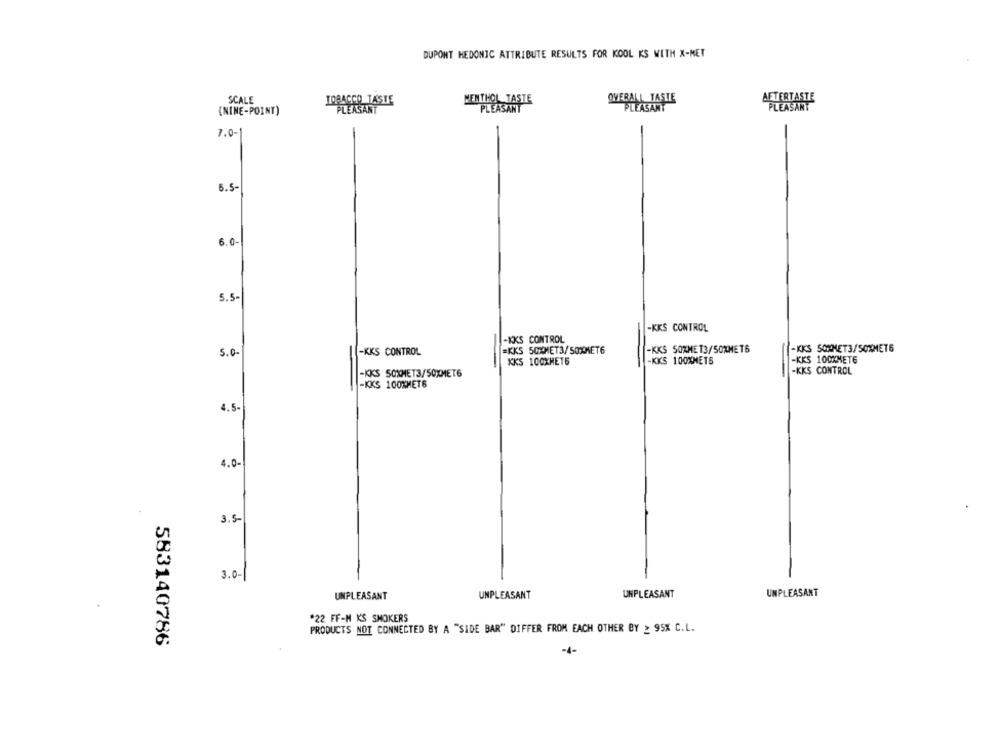
DUPONT HEDONIC ATTRIBUTE RESULTS FOR KOOL KS WITH X-MET
SCALE
TOBACCO TASTE
MENTHOL TASTE
OVERALL TASTE
AFTERTASTE
(NINE-POINT)
PLEASANT
PLEASANT
7.0-
5.5-
6.0-
5.5-
-KKS CONTROL
-KKS CONTROL
5.0
[-KKS CONTROL
=KKS 50MET3/50XMET6
-KKS SOXME 13/SOMMETS
-KKS SOMMET3/507MET6
KKS 100XHET6
-KKS 100%METS
-KKS 100%MET6
-KKS SOXMET3/SOXMET6
-KKS CONTROL
-KKS 100XMET6
4.5-
4.0-
3.5-
3.0-1
UNPLEASANT
UNPLEASANT
UNPLEASANT
UNPLEASANT
*22 FF-M K'S SMOKERS
PRODUCTS NOT CONNECTED BY A "SIDE BAR" DIFFER FROM EACH OTHER BY > 95% C.L.
583140786
-4-